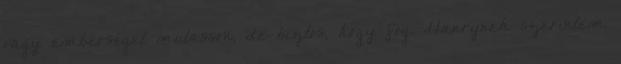
vagy emberséget mutasson, de biztos, hogy fog. Hanrynek szerintem